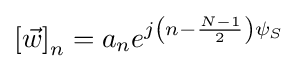
\left[{\vec {w}}\right]_{n}=a_{n}e^{j\left(n-{\frac {N-1}{2}}\right)\psi _{S}}